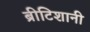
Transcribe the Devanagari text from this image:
ब्रीटिशानी